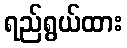
ရည်ရွယ်ထား